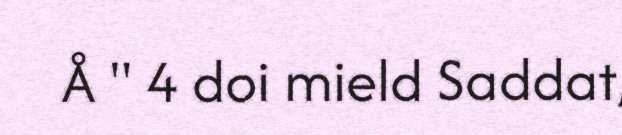
Å " 4 doi mield Saddat,